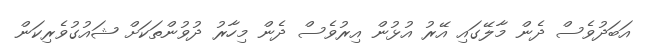
އަބަދުވެސް ދެން މާލޭގައި އޭރު އުޅުން އިރުވެސް ދެން މިހާރު ދުވުންތަކަށް ޝައުގުވެރިކަން